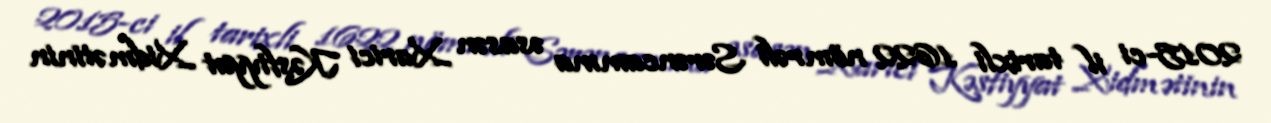
2015-ci il tarixli 1622 nömrəli Sərəncamına əsasən Xarici Kəşfiyyat Xidmətinin